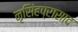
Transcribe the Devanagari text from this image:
नृसिंहप्रासाद